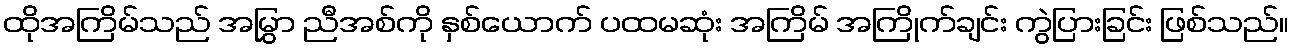
ထိုအကြိမ်သည် အမြွှာ ညီအစ်ကို နှစ်ယောက် ပထမဆုံး အကြိမ် အကြိုက်ချင်း ကွဲပြားခြင်း ဖြစ်သည်။